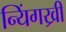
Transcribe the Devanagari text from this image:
न्यिंगख्री